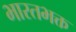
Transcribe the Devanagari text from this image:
भारतभक्त